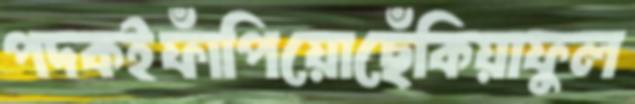
পদকইফাঁপিয়োছেঁকিয়াফুল